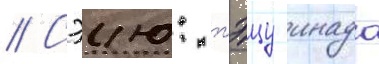
// Сэию: тэцу инада